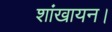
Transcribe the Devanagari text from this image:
शांखायन।